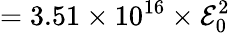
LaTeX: =3.51\times 10^{16}\times{\cal E}_{0}^{2}